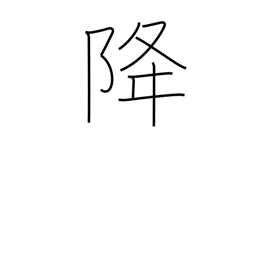
Meaning: descend